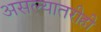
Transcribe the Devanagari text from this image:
असल्यातरीही